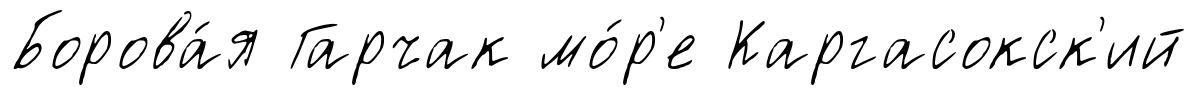
Борова́я Гарчак мо́р'е Каргасокск'ий